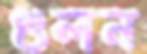
গুলন